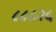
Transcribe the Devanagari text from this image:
८८८२५